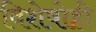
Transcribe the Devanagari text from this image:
विशेषोही